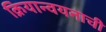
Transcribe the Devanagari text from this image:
क्रियान्वयनाची